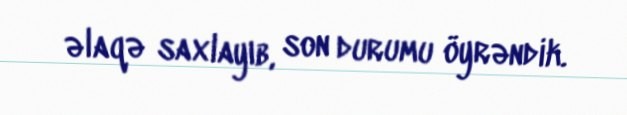
əlaqə saxlayıb, son durumu öyrəndik.